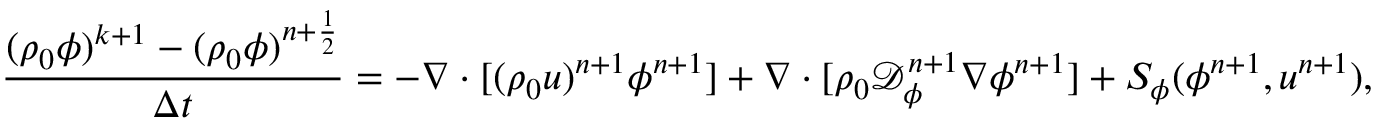
\frac { ( \rho _ { 0 } \phi ) ^ { k + 1 } - ( \rho _ { 0 } \phi ) ^ { n + \frac { 1 } { 2 } } } { \Delta t } = - \nabla \cdot [ ( \rho _ { 0 } \boldsymbol { u } ) ^ { n + 1 } \phi ^ { n + 1 } ] + \nabla \cdot [ \rho _ { 0 } \mathcal { D } _ { \phi } ^ { n + 1 } \nabla \phi ^ { n + 1 } ] + S _ { \phi } ( \phi ^ { n + 1 } , \boldsymbol { u } ^ { n + 1 } ) ,